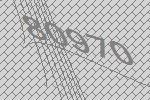
80970